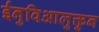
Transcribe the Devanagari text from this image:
ईनुविआलुक्तुन